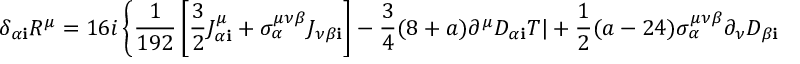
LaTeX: \delta _ { \alpha { \mathbf i } } { \cal R } ^ { \mu } = 1 6 i \left\{ \frac { 1 } { 1 9 2 } \left[ \frac { 3 } { 2 } J _ { \alpha { \mathbf i } } ^ { \mu } + \sigma _ { \alpha } ^ { \mu \nu \beta } J _ { \nu \beta { \mathbf i } } \right] - \frac { 3 } { 4 } ( 8 + a ) \partial ^ { \mu } D _ { \alpha { \mathbf i } } T | + \frac { 1 } { 2 } ( a - 2 4 ) \sigma _ { \alpha } ^ { \mu \nu \beta } \partial _ { \nu } D _ { \beta { \mathbf i } } T | \right\} .